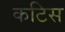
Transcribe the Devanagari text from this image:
कटिस